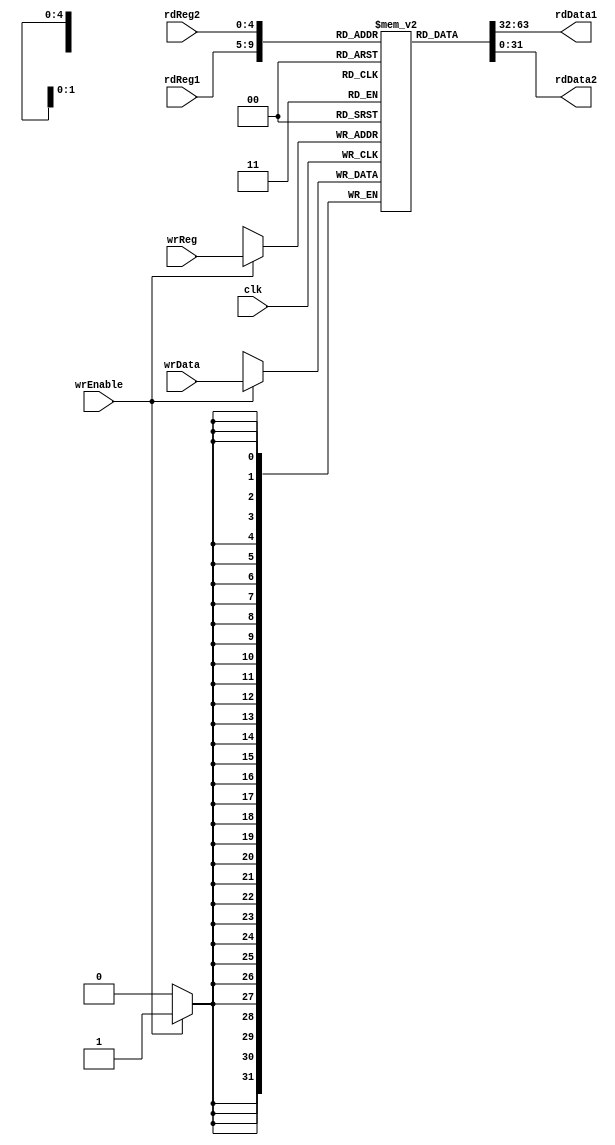
// wrEnable : Write Enable   - Perform the write operation only when it is enabled.
// wrReg :    Write Register - Perform the write operation on the address specified.
// wrData :   Write Enable -   Perform the write operation for this data.
// rdReg1 :   Read Register 1 -   Read the data from the address in this variable.
// rdData1 :  Read Data 1-   Copy the data into this variable from the address 


module registerFile (input wrEnable, input [4:0] wrReg, input [31:0] wrData, input [4:0] rdReg1, output [31:0] rdData1, input [4:0] rdReg2, output [31:0] rdData2, input clk);

	reg [31:0] regFile [31:0];
	assign rdData1 = regFile[rdReg1];
	assign rdData2 = regFile[rdReg2];
	always @(posedge clk) begin if (wrEnable) begin regFile[wrReg] <= wrData; end end

endmodule

module registerFile_tb();

	reg wrEnable;
	reg [4:0] wrReg;
	reg [31:0] wrData;
	reg [4:0] rdReg1;
	wire [31:0] rdData1;
	reg [4:0] rdReg2;
	wire [31:0] rdData2;
	reg clk;
	reg [5:0] index;

	always begin #5 clk = ~clk; end

	initial 
    begin
		clk = 0;
		wrEnable = 1;

        // write the data into the register file such that data = index*10;

		for (index = 0; index < 10; index = index + 1) begin #10 wrReg = index; wrData = index * 10; $display ("Write Address:%d Write Data:%d", wrReg, wrData); end
        $display("\n\n\n");
		#10 rdReg1 = 0; rdReg2 = 1; #2 $display ("Read Address1:%d ReadData1:%d \tRead Address2:%d ReadData2:%d", rdReg1, rdData1, rdReg2, rdData2);
		#10 rdReg1 = 2; rdReg2 = 3; #2 $display ("Read Address1:%d ReadData1:%d \tRead Address2:%d ReadData2:%d", rdReg1, rdData1, rdReg2, rdData2);
		#10 rdReg1 = 4; rdReg2 = 5; #2 $display ("Read Address1:%d ReadData1:%d \tRead Address2:%d ReadData2:%d", rdReg1, rdData1, rdReg2, rdData2);
		#10 rdReg1 = 6; rdReg2 = 7; #2 $display ("Read Address1:%d ReadData1:%d \tRead Address2:%d ReadData2:%d", rdReg1, rdData1, rdReg2, rdData2);
		#10 rdReg1 = 8; rdReg2 = 9; #2 $display ("Read Address1:%d ReadData1:%d \tRead Address2:%d ReadData2:%d", rdReg1, rdData1, rdReg2, rdData2);

	end

	registerFile regFile1 (wrEnable, wrReg, wrData, rdReg1, rdData1, rdReg2, rdData2, clk);

endmodule